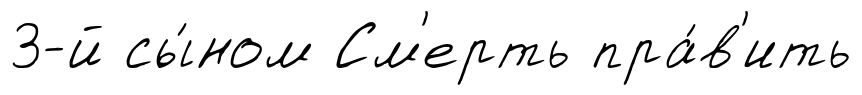
3-й сы́ном См'ерть пра́в'ить